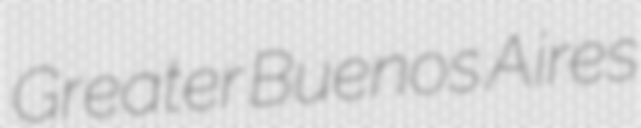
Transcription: Greater Buenos Aires